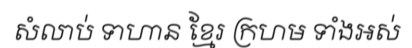
សំលាប់ ទាហាន ខ្មែរ ក្រហម ទាំងអស់